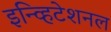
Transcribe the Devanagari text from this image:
इन्व्हिटेशनल